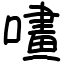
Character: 㗲